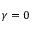
\gamma = 0